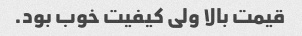
قیمت بالا ولی کیفیت خوب بود.